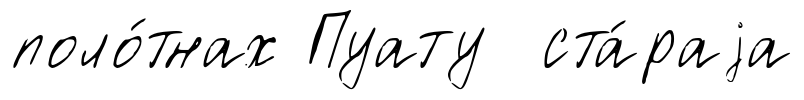
поло́тнах Пуату ста́раjа